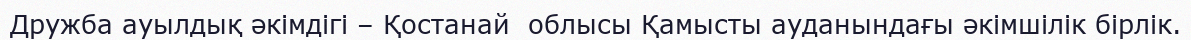
Дружба ауылдық әкімдігі – Қостанай  облысы Қамысты ауданындағы әкімшілік бірлік.